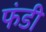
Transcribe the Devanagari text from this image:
फंडी